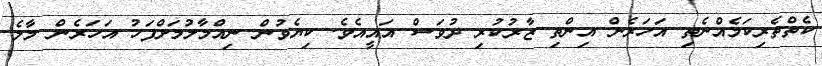
ކެތްތެރިކަމެއްނެތި އަހަރެން އިންތި ޒާރުކުރި ދުވަސް އައީއެވެ. ކިޔެވުން ނިއްމާލުމަށްފަހު އަހަރެން މާލެ